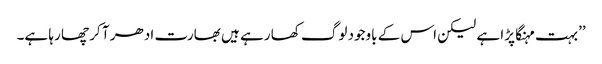
’’بہت مہنگا پڑا ہے لیکن اس کے باوجود لوگ کھا رہے ہیں بھارت ادھر آ کر چھا رہا ہے۔